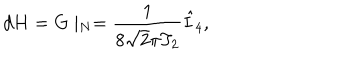
LaTeX: d H = G \mid _ { N } = { \frac { 1 } { 8 \sqrt { 2 } \pi T _ { 2 } } } \hat { I } _ { 4 } ,